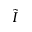
\tilde { I }